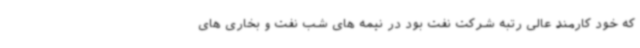
که خود کارمند عالی رتبه شرکت نفت بود در نیمه های شب نفت و بخاری های